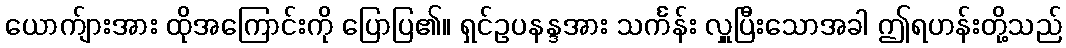
ယောက်ျားအား ထိုအကြောင်းကို ပြောပြ၏။ ရှင်ဥပနန္ဒအား သင်္ကန်း လှူပြီးသောအခါ ဤရဟန်းတို့သည်